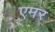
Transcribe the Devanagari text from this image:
एमर